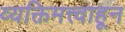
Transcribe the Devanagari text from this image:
व्यक्तिमत्त्वाहून